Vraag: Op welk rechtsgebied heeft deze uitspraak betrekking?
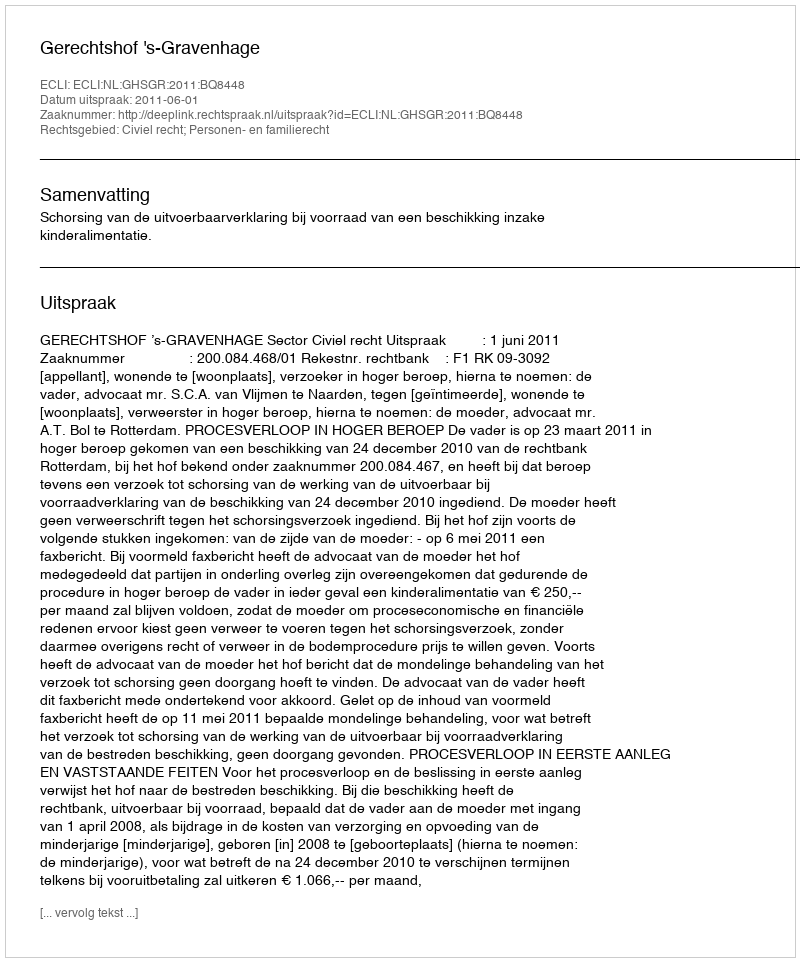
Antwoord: Civiel recht; Personen- en familierecht